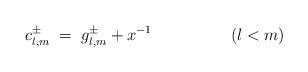
LaTeX: \begin{align*}c_{l,m}^\pm \;=\; g_{l,m}^\pm + x^{-1}\hspace{2cm} (l<m)\end{align*}